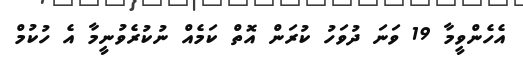
އެހެންވީމާ 19 ވަނަ ދުވަހު ކުރަން އޮތް ކަމެއް ނުކުރެވުނީމާ އެ ހުކުމް